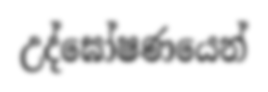
උද්ඝෝෂණයෙන්